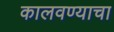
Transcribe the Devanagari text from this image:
कालवण्याचा